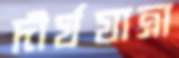
দীর্ঘযাত্রা